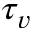
\tau _ { v }